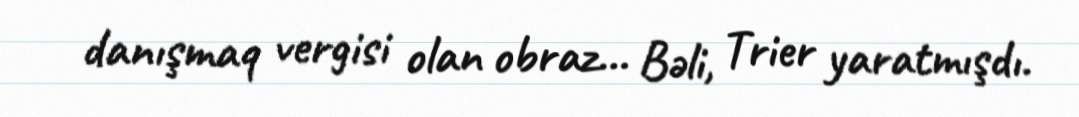
danışmaq vergisi olan obraz… Bəli, Trier yaratmışdı.